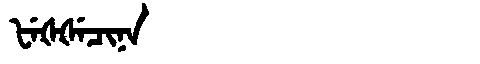
Manchu: ᡶᡝᡧᡧᡝᠴᡳᠨᠠ
Romanization: FEŠŠECINA